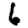
Digit: 6